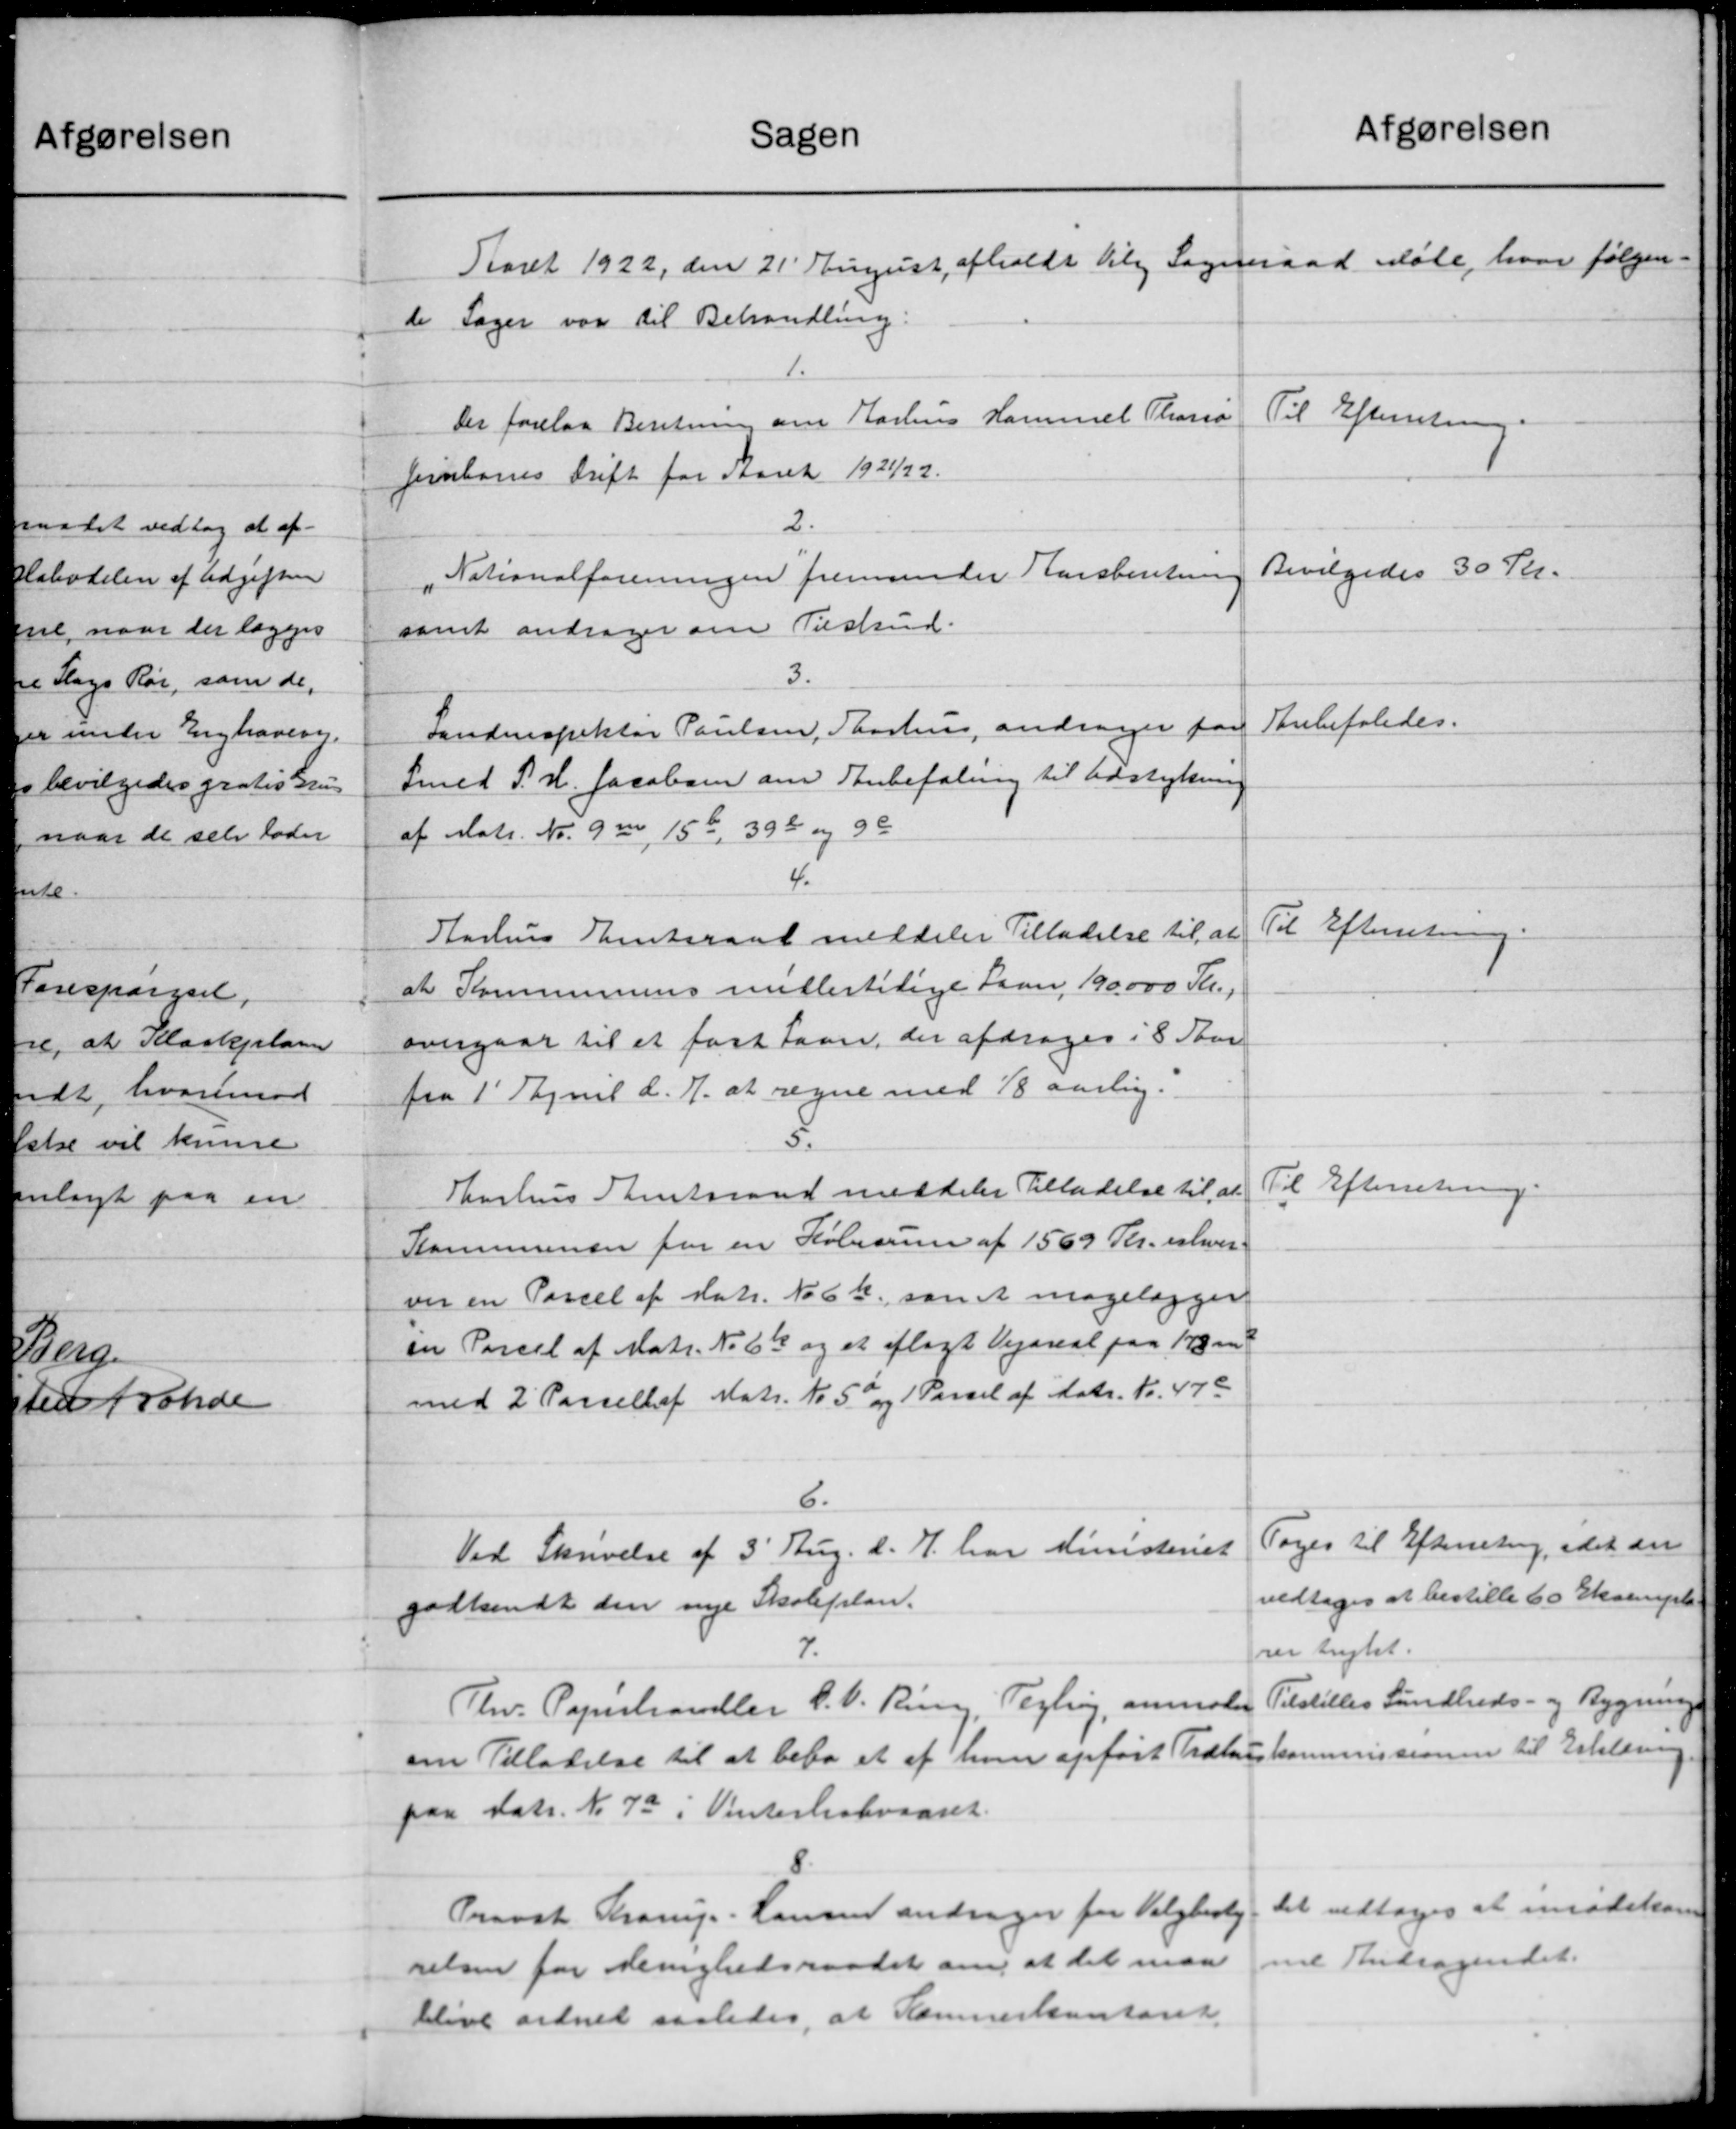
Transskription:
Afgørelsen
Sagen
Aaaret 1922, den 21' August afholdt Viby Sogneraad Møle, hvor følgen-
de Sager var til Behandling
1.
Til Efterretning.
Der forelaa Beretning om Aarhus Hammel Thorsø
Jernbanns Drift for Aaret 1921/22.
2.
Bevilgedes 30 Kr.
Nationalforeningen fremsender Harsberetning
samt andrager om Tilskud.
3.
Anbefaledes.
Landinspektør Poulsen, Saarhus andrager paa
Smed P. H. Jacobsen om Anbefaling til Udstykning
af Matr. Nr. 90, 15, 398 og 90
4.
Til Efterretning.
Aarhus Amtsraad meddeler Tilladelse til at
at Kommunens midlertidige Laan 190.000 Kr.,
overgaar til at fast Laan, der afdrages i 8 Aar
fra 1' April d. A. at regne med 1/8 aarlig.
Til Efterretning.
Aarhus Amtsraad meddeler Tilladelse til at
Kommunen for en Købesum af 1569 Kr. erhver-
ver en Parcel af Matr. No 6 k. som at magelægger
en Parcel af Matr. No. 6b og et aflagt Vejareal paa 178 m
med 2 Parcellaf Matr. Nr. 50 og 1 Parcel af Matr. Nr. 470
6.
Toges til Efterretning, idet der
Ved Skrivelse af 3' Aug. d. A. har Ministeriet
vedtoges at bestille 60 Eksempl.
godkendt den nye Skoleplan.
7.
rer trykt.
Tilstilles Sundheds- og Bygning
Fhv. Papirhandler S. V. Ring, Tegling, anmoder
om Tilladelse til at bebo et af hver opført Tidligskommissionen til Erklæring
paa Matr. No 7a i Vinterhalvaaret
Det vedtoges at imødekom
Provst Trorup-Hansen andrager for Valgbesty
me Andragendet.
relsen for Menighedsraadet om at det man
blive ordnet saaledes, at Kammerkontoret.